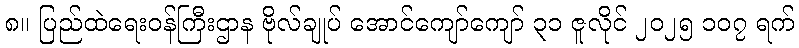
၈။ ပြည်ထဲရေးဝန်ကြီးဌာန ဗိုလ်ချုပ် အောင်ကျော်ကျော် ၃၁ ဇူလိုင် ၂၀၂၅ ၁၀၇ ရက်